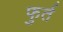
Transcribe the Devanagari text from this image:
फुर्त